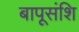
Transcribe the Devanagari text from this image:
बापूसंशि